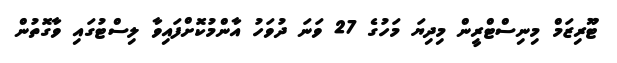
ޓޫރިޒަމް މިނިސްޓްރީން މިދިޔަ މަހުގެ 27 ވަނަ ދުވަހު އާންމުކޮށްފައިވާ ލިސްޓުގައި ވާގޮތުން